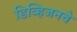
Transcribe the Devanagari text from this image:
डिव्हिजनचे